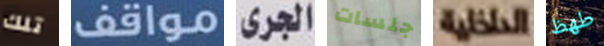
تلك مواقف الجرى جلسات الداخلية طھظ